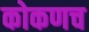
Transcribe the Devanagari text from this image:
कोकणच